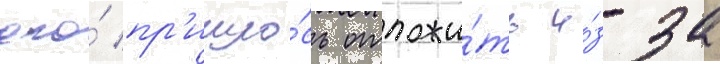
его́ пр'ишло́сь отложи́ть и́з-за